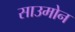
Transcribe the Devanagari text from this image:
साउमोन